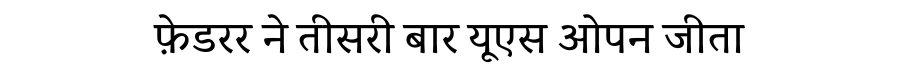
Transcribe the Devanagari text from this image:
फ़ेडरर ने तीसरी बार यूएस ओपन जीता